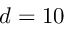
d = 1 0